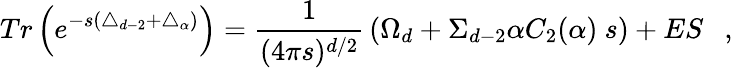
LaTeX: Tr\left(e^{-s(\triangle_{d-2}+\triangle_{\alpha})}\right)={\frac{1}{(4\pi s)^{d/2}}}\left(\Omega_{d}+\Sigma_{d-2}\alpha C_{2}(\alpha)~s\right)+ES~~~,